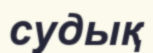
судық